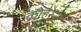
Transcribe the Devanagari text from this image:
कोहैरेन्ट